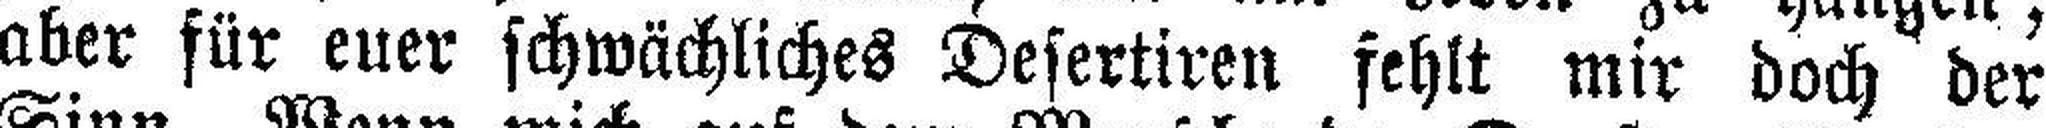
aber für euer schwächliches Desertiren fehlt mir doch der